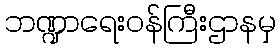
ဘဏ္ဍာရေးဝန်ကြီးဌာနမှ